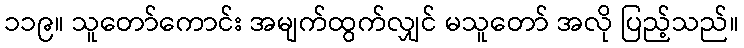
၁၁၉။ သူတော်ကောင်း အမျက်ထွက်လျှင် မသူတော် အလို ပြည့်သည်။